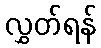
လွှတ်ရန်